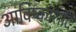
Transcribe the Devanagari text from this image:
आविष्कारादि